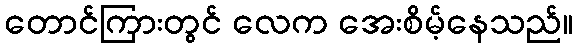
တောင်ကြားတွင် လေက အေးစိမ့်နေသည်။